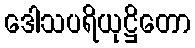
ဒေါသပရိယုဋ္ဌိတော